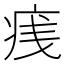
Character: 𪽭